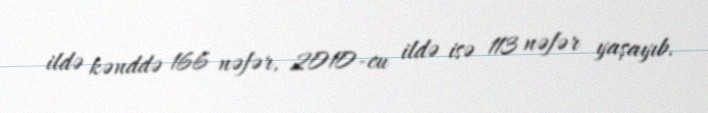
ildə kənddə 166 nəfər, 2010-cu ildə isə 113 nəfər yaşayıb.